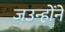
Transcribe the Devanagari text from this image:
जउन्होंने